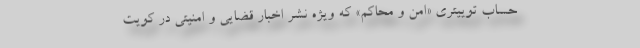
حساب توییتری «امن و محاکم» که ویژه نشر اخبار قضایی و امنیتی در کویت